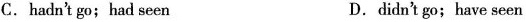
C. hadn't go; had seen D. didn't go; have seen